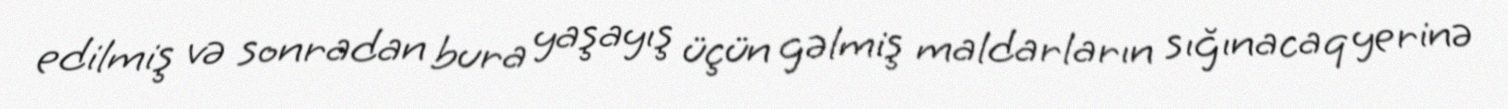
edilmiş və sonradan bura yaşayış üçün gəlmiş maldarların sığınacaq yerinə